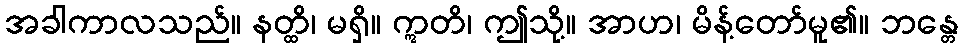
အခါကာလသည်။ နတ္ထိ၊ မရှိ။ ဣတိ၊ ဤသို့။ အာဟ၊ မိန့်တော်မူ၏။ ဘန္တေ